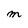
Character: M